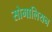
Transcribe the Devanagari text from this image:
सोमालियन